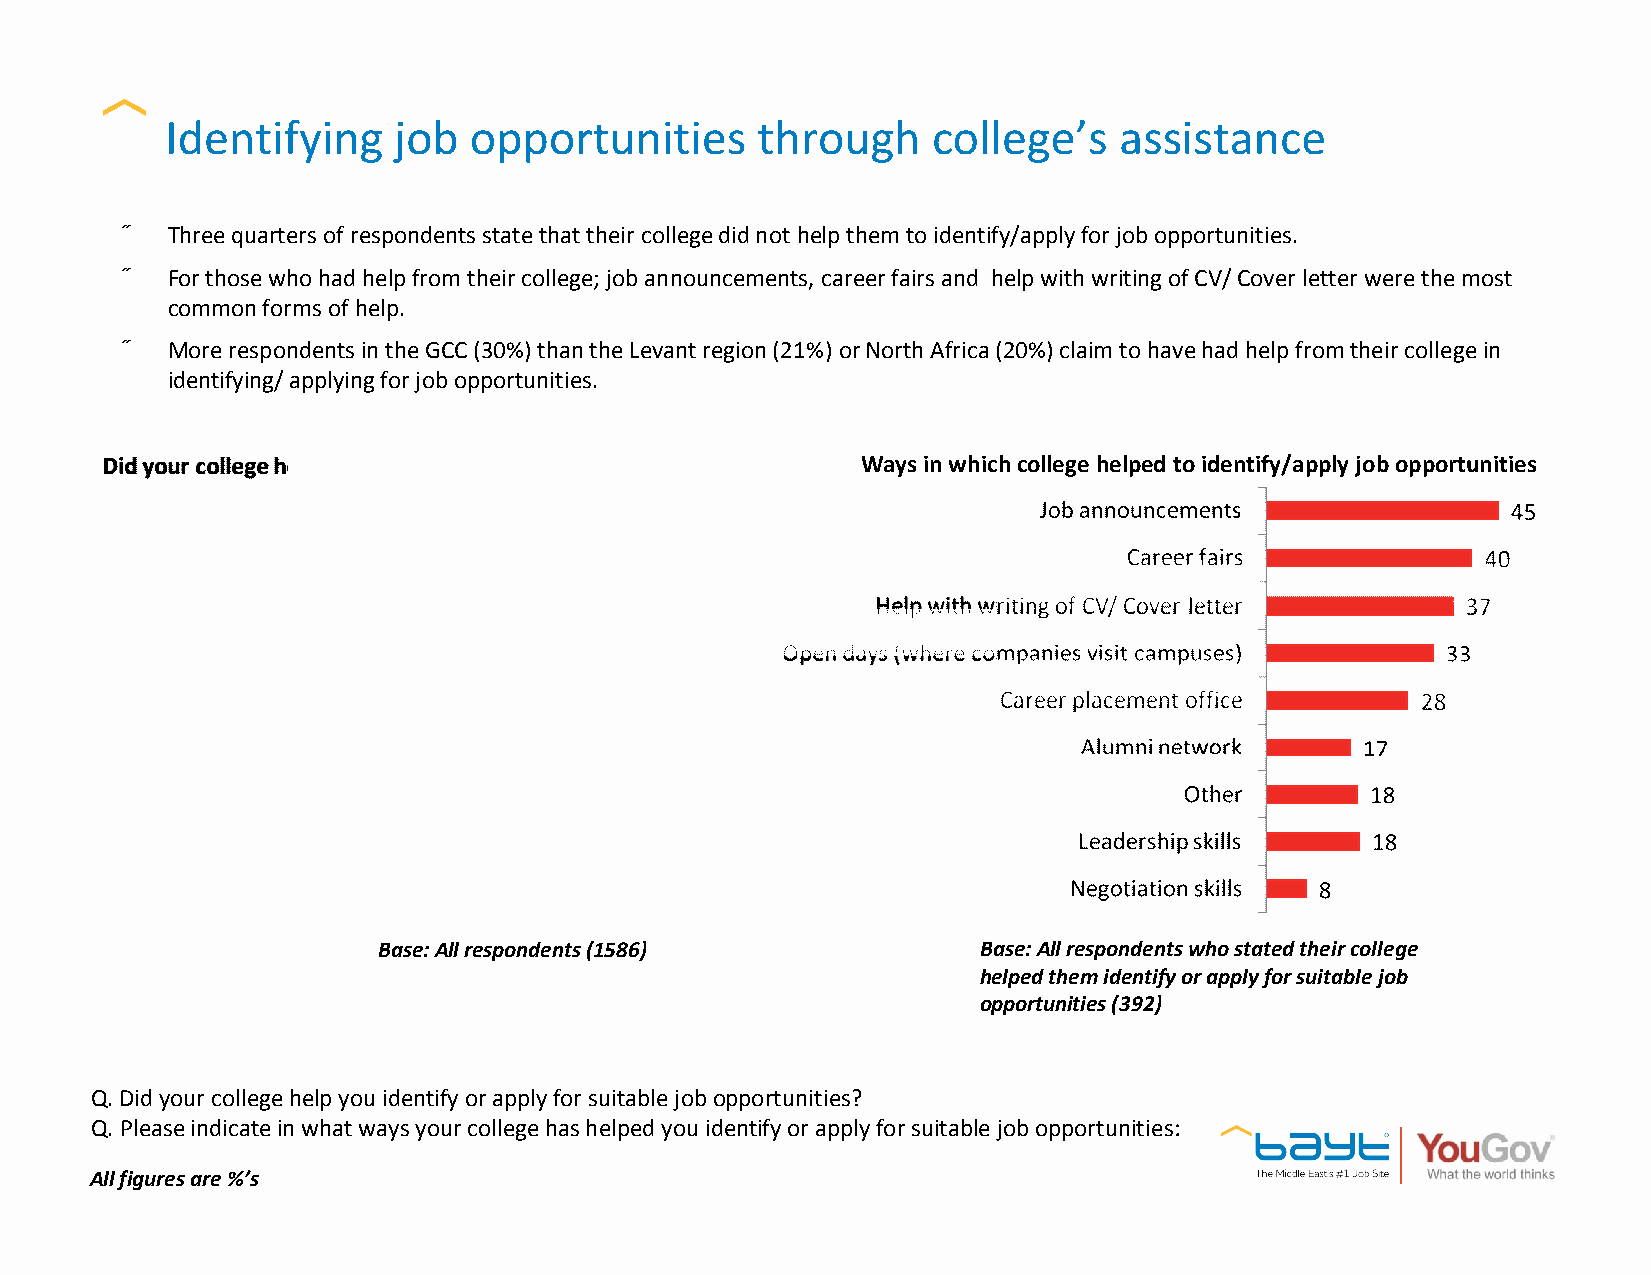
Identifying    job  opportunities      through     college’s   assistance
 •  Three quarters of respondents state that their college did not help them to identify/apply for job opportunities.
 •  For those who had help from their college; job announcements, career fairs and help with writing of CV/ Cover letter were the most
 common forms of help.
 •  More respondents in the GCC (30%) than the Levant region (21%) or North Africa (20%) claim to have had help from their college in
 identifying/ applying for job opportunities.
 Ways in which college helped to identify/apply job opportunities
 Base: All respondents (1586)            Base: All respondents who stated their college
 helped them identify or apply for suitable job
 opportunities (392)
 Q. Did your college help you identify or apply for suitable job opportunities?
 Q. Please indicate in what ways your college has helped you identify or apply for suitable job opportunities:
 All figures are %’s